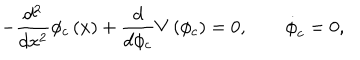
- \frac { d ^ { 2 } } { d x ^ { 2 } } \phi _ { c } \left( x \right) + \frac { d } { d \phi _ { c } } V \left( \phi _ { c } \right) = 0 , \qquad \dot { \phi } _ { c } = 0 ,